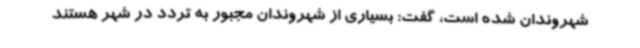
شهروندان شده است، گفت: بسیاری از شهروندان مجبور به تردد در شهر هستند